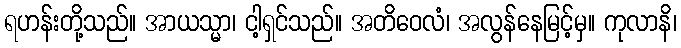
ရဟန်းတို့သည်။ အာယသ္မာ၊ ငါ့ရှင်သည်။ အတိဝေလံ၊ အလွန်နေမြင့်မှ။ ကုလာနိ၊